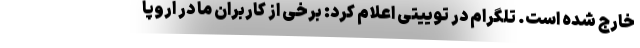
خارج شده است. تلگرام در توییتی اعلام کرد: برخی از کاربران ما در اروپا